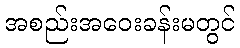
အစည်းအဝေးခန်းမတွင်